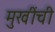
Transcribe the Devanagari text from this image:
मुखींची